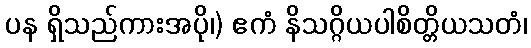
ပန ရှိသည်ကားအပို၊) ဧကံ နိသဂ္ဂိယပါစိတ္တိယသတံ၊